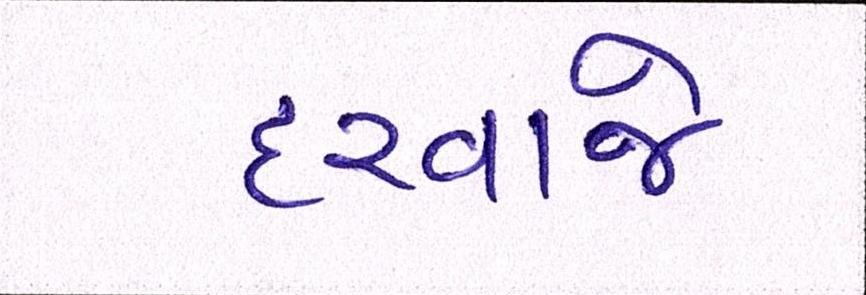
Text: દરવાજે